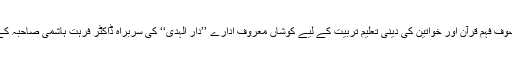
مصنف موصوف فہم قرآن اور خواتین کی دینی تعلیم تربیت کے لیے کوشاں معروف ادارے ’’دار الہدی‘‘ کی سربراہ ڈاکٹر فرہت ہاشمی صاحبہ کے شوہر ہیں۔